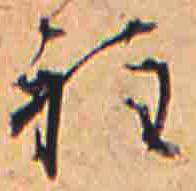
程